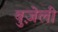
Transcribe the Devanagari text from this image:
बुज़ेली